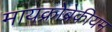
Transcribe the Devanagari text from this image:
मायक्रोब्रेकीयम